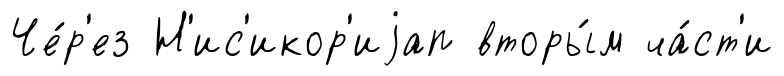
Че́р'ез Н'ис'икор'иjап вторы́м ча́ст'и